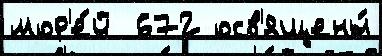
мор'е́й  672 осв'ящены́